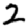
Digit: 2